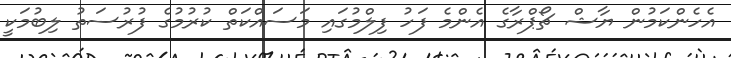
އެހެންކަމުން ޔާޝް ޗޯޕްރާގެ އެންމެ ފަހު ފިލްމުގައި މަސައްކަތް ކުރުމުގެ ފުރުސަތު ލިބުމަކީ